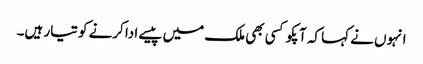
انہوں نے کہا کہ آپکو کسی بھی ملک میں پیسے ادا کرنے کو تیار ہیں۔